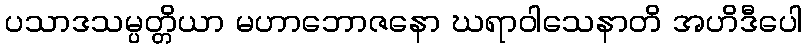
ပသာဒသမ္ပတ္တိယာ မဟာဘောဇနော ဃရာဝါသေနာတိ အဟိဒီပေါ